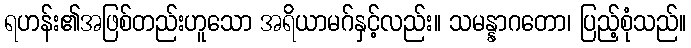
ရဟန်း၏အဖြစ်တည်းဟူသော အရိယာမဂ်နှင့်လည်း။ သမန္နာဂတော၊ ပြည့်စုံသည်။